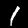
Digit: 1